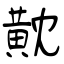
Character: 黆